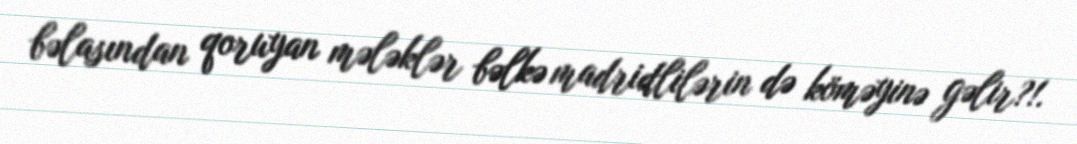
bəlasından qoruyan mələklər bəlkə madridlilərin də köməyinə gəlir?!.